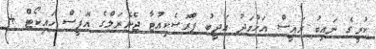
ކުރީގެ ނައިބު ރައީސް އަހުމަދު އަދީބު ޕްރޮސެކިއުޓާ ޖެނެރަލްގެ އޮފީސް ހައިކޯޓް +